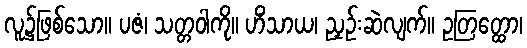
လူ၌ဖြစ်သော။ ပဇံ၊ သတ္တဝါကို။ ဟိံသာယ၊ ညှဉ်းဆဲလျက်။ ဥတြတ္ထော၊